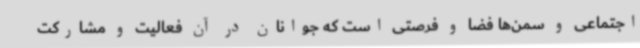
اجتماعی و سمن‌ها فضا و فرصتی است که جوانان در آن فعالیت و مشارکت